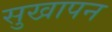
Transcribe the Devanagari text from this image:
सुखापन